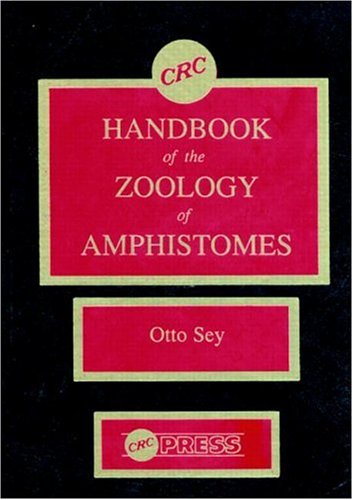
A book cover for CRC Handbook of the Zoology of Amphistomes; Otto Sey; Medical Books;